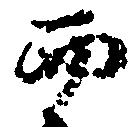
而